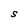
Character: S